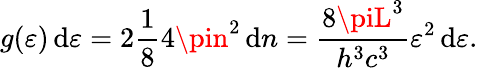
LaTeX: g(\varepsilon)\, \mathrm{d}\varepsilon=2{\frac{{1}}{{8}}}4\pin^{2}\, \mathrm{d}n={\frac{{8\piL^{3}}}{{h^{3}c^{3}}}}\varepsilon^{2}\, \mathrm{d}\varepsilon.